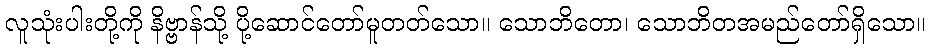
လူသုံးပါးတို့ကို နိဗ္ဗာန်သို့ ပို့ဆောင်တော်မူတတ်သော။ သောဘိတော၊ သောဘိတအမည်တော်ရှိသော။